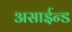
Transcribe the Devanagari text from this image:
असाईन्ड